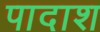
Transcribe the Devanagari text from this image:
पादाश